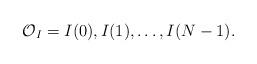
LaTeX: \begin{align*}\mathcal{O}_I=I(0),I(1),\ldots,I(N-1).\end{align*}